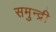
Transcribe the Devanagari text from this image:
समुन्द्री